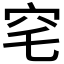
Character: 𮃸